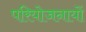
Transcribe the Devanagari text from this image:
परियोजनायों